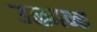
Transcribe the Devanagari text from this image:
उत्क्रान्त